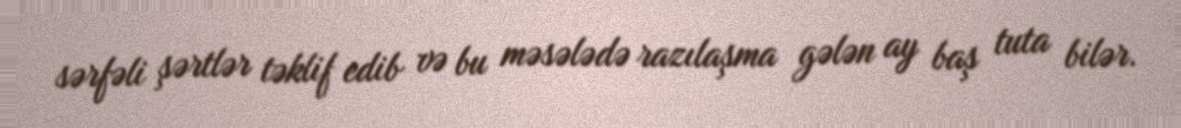
sərfəli şərtlər təklif edib və bu məsələdə razılaşma gələn ay baş tuta bilər.